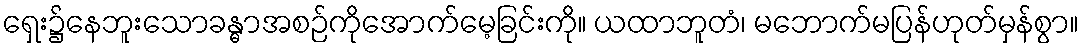
ရှေး၌နေဘူးသောခန္ဓာအစဉ်ကိုအောက်မေ့ခြင်းကို။ ယထာဘူတံ၊ မဘောက်မပြန်ဟုတ်မှန်စွာ။